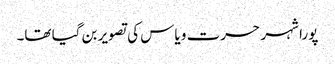
پورا شہر حسرت و یاس کی تصویر بن گیا تھا۔